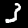
Digit: 3